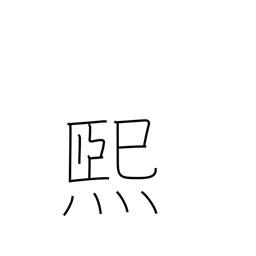
Meaning: shine